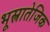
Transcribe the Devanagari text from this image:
भूस्त्रातेजिक